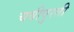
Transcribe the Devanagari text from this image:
चवीपुरती